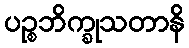
ပဉ္စဘိက္ခုသတာနိ